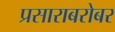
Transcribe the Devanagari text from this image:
प्रसाराबरोबर